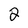
Character: 2